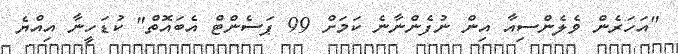
"އަހަރެން ވެލެންސިއާ އިން ނުފެންނާނެ ކަމަށް 99 ޕަސެންޓް އެބައޮތް" ކުޑަހީނާ އިއްޔެ